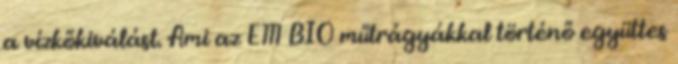
a vízkőkiválást. Ami az EM BIO műtrágyákkal történő együttes